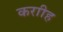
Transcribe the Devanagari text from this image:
कराीह